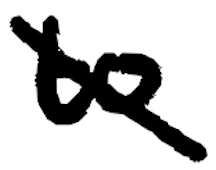
Text: to
Cross-out: diagonal
Writing tool: digital_black